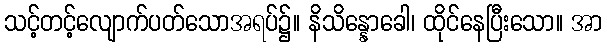
သင့်တင့်လျောက်ပတ်သောအရပ်၌။ နိသိန္နောခေါ၊ ထိုင်နေပြီးသော။ အာ